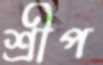
শ্রীপ